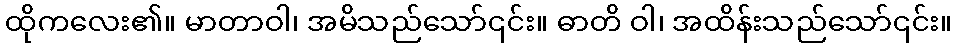
ထိုကလေး၏။ မာတာဝါ၊ အမိသည်သော်၎င်း။ ဓာတိ ဝါ၊ အထိန်းသည်သော်၎င်း။